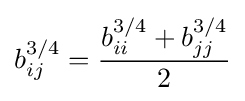
b_{ij}^{3/4}={\frac {b_{ii}^{3/4}+b_{jj}^{3/4}}{2}}